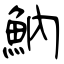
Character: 魶